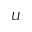
U